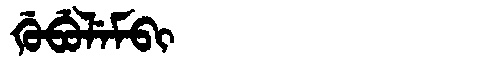
Manchu: ᡤᡠᠪᡠᠯᡝᠮᠪᡳ
Romanization: GUBULEMBI